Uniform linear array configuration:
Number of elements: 24
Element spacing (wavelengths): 0.75
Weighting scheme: hann
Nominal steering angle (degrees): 15
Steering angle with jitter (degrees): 13.667
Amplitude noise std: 0.05
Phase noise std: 0.05

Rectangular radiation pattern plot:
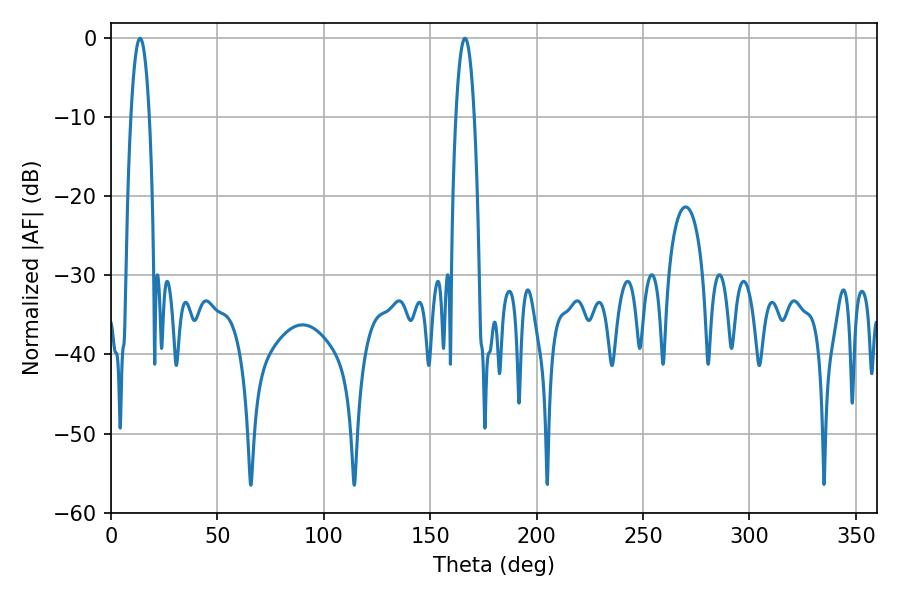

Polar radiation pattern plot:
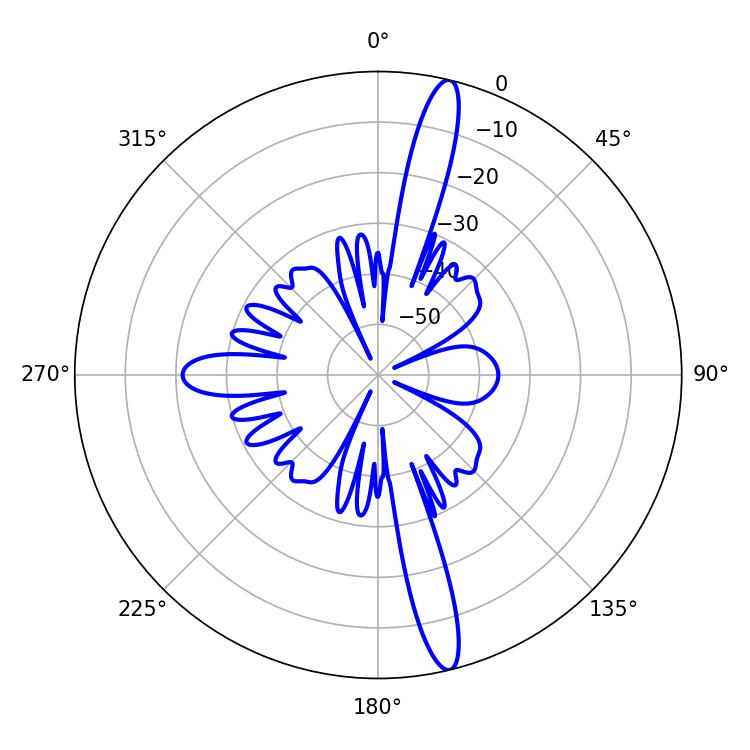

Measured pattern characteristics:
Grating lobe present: TRUE
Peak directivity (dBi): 16.875
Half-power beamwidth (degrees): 4.68
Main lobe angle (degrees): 13.68